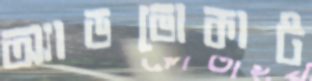
অ্যাডভোকাট